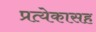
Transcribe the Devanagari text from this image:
प्रत्येकासह